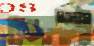
আরদালী